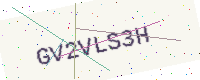
Text: GV2VLS3H